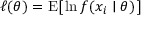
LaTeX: \ell ( \theta ) = \operatorname { E } [ \, \ln f ( x _ { i } \mid \theta ) \, ]